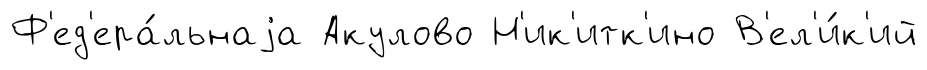
Ф'ед'ера́льнаjа Акулово Н'ик'итк'ино В'ел'и́к'ий